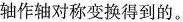
轴作轴对称变换得到的。